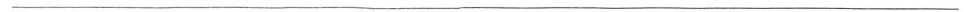
___